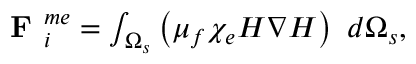
\begin{array} { r } { \textbf { F } _ { i } ^ { m e } = \int _ { \Omega _ { s } } \left( \mu _ { f } \chi _ { e } H \nabla H \right) ~ d \Omega _ { s } , } \end{array}